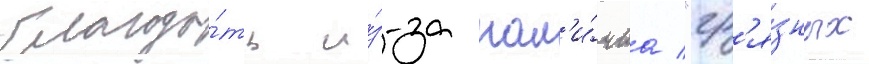
благода́ть и́з-за нал'и́чиа "гр'я́зных